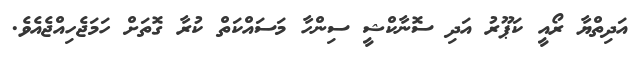
އަދިތްޔާ ރޯއީ ކަޕޫރު އަދި ސޮނާކްޝީ ސިންހާ މަސައްކަތް ކުރާ ގޮތަށް ހަމަޖެހިއްޖެއެވެ.